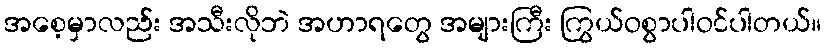
အစေ့မှာလည်း အသီးလိုဘဲ အဟာရတွေ အများကြီး ကြွယ်ဝစွာပါဝင်ပါတယ်။